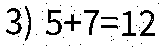
3) 5+7=12